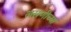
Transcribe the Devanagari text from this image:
लसणीच्या